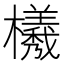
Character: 𭬮